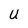
Character: U